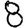
Digit: 8